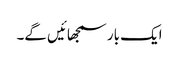
ایک بار سمجھائیں گے۔